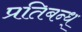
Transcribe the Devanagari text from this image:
प्रतिबन्ध्